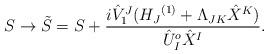
LaTeX: \begin{align*}S \rightarrow {\tilde S} = S + \frac{i { {\hat V}_{1}}^{J}({H_{J}}^{(1)} +\Lambda_{JK}{\hat X}^{K})}{{\hat U}^{o}_{I} {\hat X}^{I}}.\end{align*}